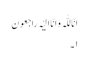
اِنّا للّٰہِ وَ اِنَّا اِلَیْہِ راجِعون
١۔